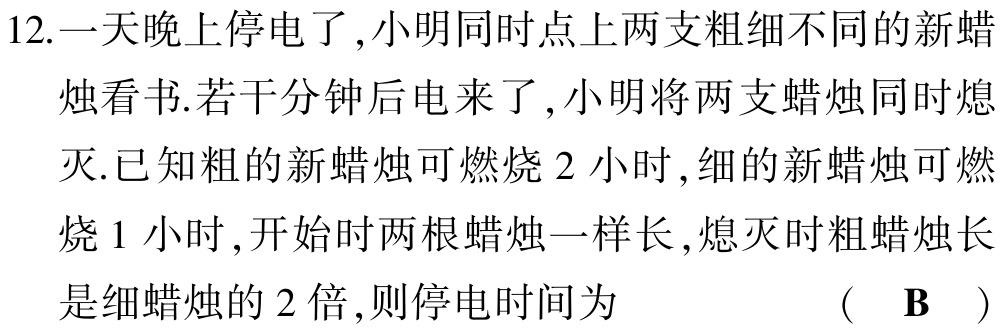
12.一天晚上停电了,小明同时点上两支粗细不同的新蜡烛看书.若干分钟后电来了,小明将两支蜡烛同时熄灭.已知粗的新蜡烛可燃烧2小时,细的新蜡烛可燃烧1小时,开始时两根蜡烛一样长,熄灭时粗蜡烛长是细蜡烛的2倍,则停电时间为  （  B  ）